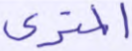
المتري